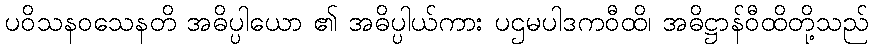
ပဝိသနဝသေနတိ အဓိပ္ပါယော ၏ အဓိပ္ပါယ်ကား ပဌမပါဒကဝီထိ၊ အဓိဋ္ဌာန်ဝီထိတို့သည်